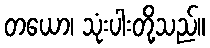
တယော၊ သုံးပါးတို့သည်။